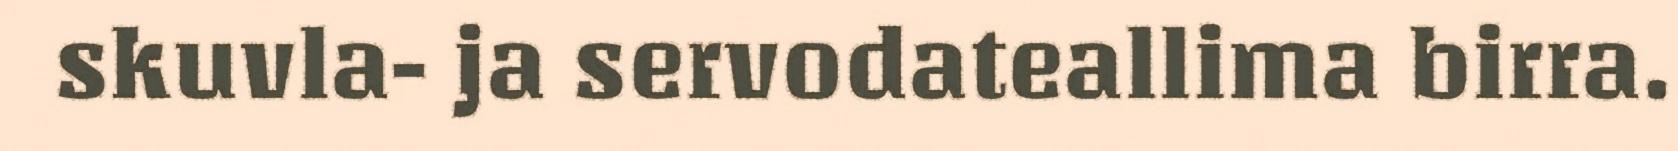
skuvla- ja servodateallima birra.